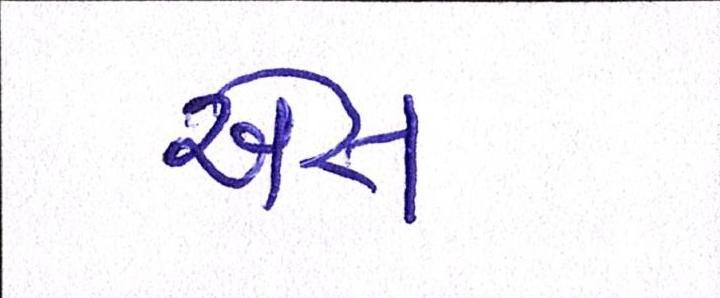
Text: એસ